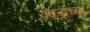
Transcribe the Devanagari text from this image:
यवनांच्या